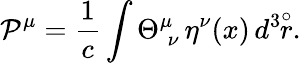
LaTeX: \mathcal{P}^{\mu}=\frac{{1}}{{c}}\int\Theta_{\; \nu}^{\mu}\, \eta^{\nu}(x)\, d^{3}\! \! \stackrel{\circ}{r}.